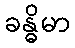
ခန္ဓိမာ